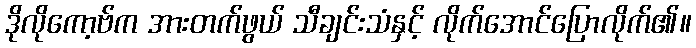
ဒိုလိုကော့ဗ်က အားတက်ဖွယ် သီချင်းသံနှင့် လိုက်အောင်ပြောလိုက်၏။